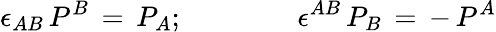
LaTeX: \epsilon_{AB}\, P^{B}\, =\, P_{A};\qquad\qquad\epsilon^{AB}\, P_{B}\, =\, -\, P^{A}